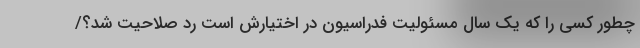
چطور کسی را که یک سال مسئولیت فدراسیون در اختیارش است رد صلاحیت شد؟/‌